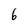
Character: 6